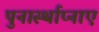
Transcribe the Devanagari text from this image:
पुनार्स्थाप्नाएं